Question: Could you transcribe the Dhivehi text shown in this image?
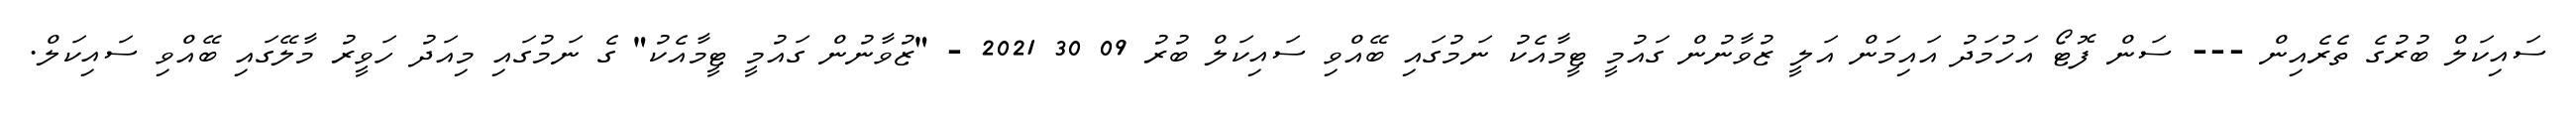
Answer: ސައިކަލް ބުރުގެ ތެރެއިން --- ސަން ފޮޓޯ އަހުމަދު އައިމަން އަލީ ޒުވާނުން ގައުމީ ޓީމާއެކު ނަމުގައި ބޭއްވި ސައިކަލް ބުރު 09 30 2021 - "ޒުވާނުން ގައުމީ ޓީމާއެކު" ގެ ނަމުގައި މިއަދު ހަވީރު މާލޭގައި ބޭއްވި ސައިކަލް.